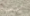
للصلاة